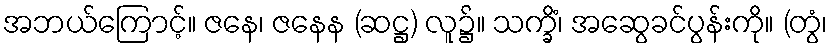
အဘယ်ကြောင့်။ ဇနေ၊ ဇနေန (ဆဋ္ဌ) လူ၌။ သက္ခိံ၊ အဆွေခင်ပွန်းကို။ (တွံ၊